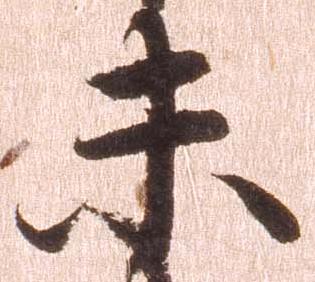
未